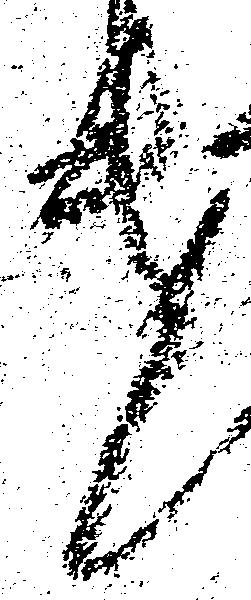
遣